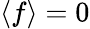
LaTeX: \langle f\rangle=0